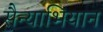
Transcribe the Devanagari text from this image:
सैन्याभियान